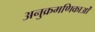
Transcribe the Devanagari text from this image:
अनुक्रमणिकाओं